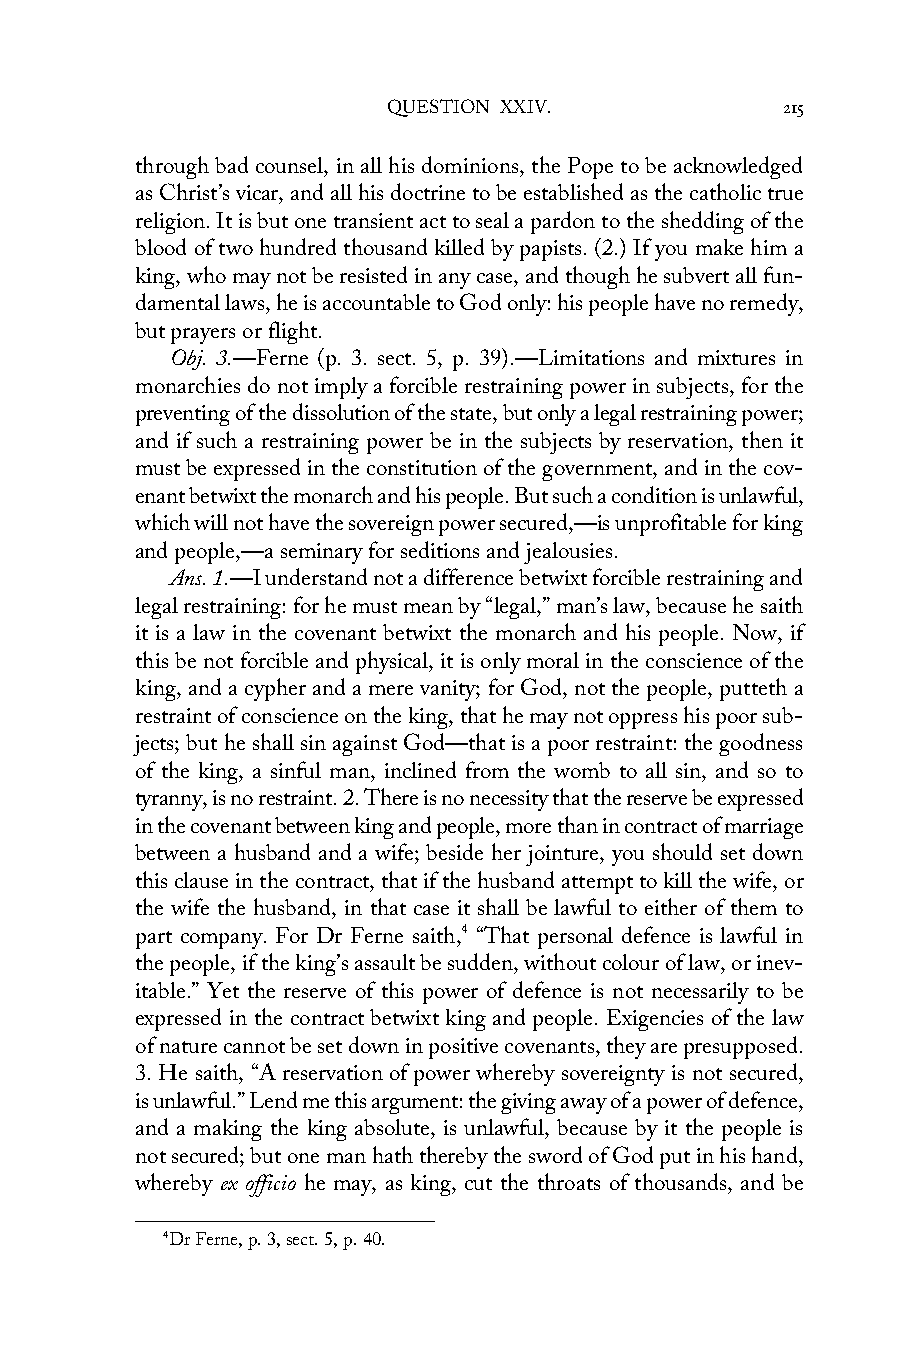
QUESTION XXIV.            215
 through bad counsel, in all his dominions, the Pope to be acknowledged
 as Christ’s vicar, and all his doctrine to be established as the catholic true
 religion. It is but one transient act to seal a pardon to the shedding of the
 blood of two hundred thousand killed by papists. (2.) If you make him a
 king, who may not be resisted in any case, and though he subvert all fun-
 damental laws, he is accountable to God only: his people have no remedy,
 but prayers or flight.
 Obj. 3.—Ferne (p. 3. sect. 5, p. 39).—Limitations and mixtures in
 monarchies do not imply a forcible restraining power in subjects, for the
 preventing of the dissolution of the state, but only a legal restraining power;
 and if such a restraining power be in the subjects by reservation, then it
 must be expressed in the constitution of the government, and in the cov-
 enant betwixt the monarch and his people. But such a condition is unlawful,
 which will not have the sovereign power secured,—is unprofitable for king
 and people,—a seminary for seditions and jealousies.
 Ans. 1.—I understand not a difference betwixt forcible restraining and
 legal restraining: for he must mean by “legal,” man’s law, because he saith
 it is a law in the covenant betwixt the monarch and his people. Now, if
 this be not forcible and physical, it is only moral in the conscience of the
 king, and a cypher and a mere vanity; for God, not the people, putteth a
 restraint of conscience on the king, that he may not oppress his poor sub-
 jects; but he shall sin against God—that is a poor restraint: the goodness
 of the king, a sinful man, inclined from the womb to all sin, and so to
 tyranny, is no restraint. 2. There is no necessity that the reserve be expressed
 in the covenant between king and people, more than in contract of marriage
 between a husband and a wife; beside her jointure, you should set down
 this clause in the contract, that if the husband attempt to kill the wife, or
 the wife the husband, in that case it shall be lawful to either of them to
 part company. For Dr Ferne saith,4 “That personal defence is lawful in
 the people, if the king’s assault be sudden, without colour of law, or inev-
 itable.” Yet the reserve of this power of defence is not necessarily to be
 expressed in the contract betwixt king and people. Exigencies of the law
 of nature cannot be set down in positive covenants, they are presupposed.
 3. He saith, “A reservation of power whereby sovereignty is not secured,
 is unlawful.” Lend me this argument: the giving away of a power of defence,
 and a making the king absolute, is unlawful, because by it the people is
 not secured; but one man hath thereby the sword of God put in his hand,
 whereby ex officio he may, as king, cut the throats of thousands, and be
 4Dr Ferne, p. 3, sect. 5, p. 40.